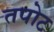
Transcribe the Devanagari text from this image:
तपोट